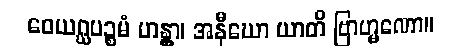
ဝေယဂ္ဃပဉ္စမံ ဟန္တွာ၊ အနီဃော ယာတိ ဗြာဟ္မဏော။